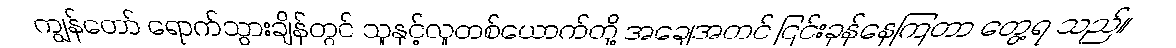
ကျွန်တော် ရောက်သွားချိန်တွင် သူနှင့်လူတစ်ယောက်တို့ အချေအတင် ငြင်းခုန်နေကြတာ တွေ့ရ သည်။